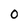
Character: 0